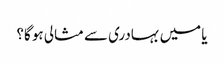
یا میں بہادری سے مثالی ہو گا؟